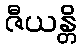
ဇီယန္တိ